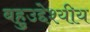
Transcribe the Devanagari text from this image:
बहुउद्देश्‍यीय